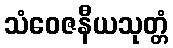
သံဝေဇနီယသုတ္တံ